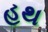
હથ